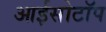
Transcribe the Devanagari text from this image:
आईसोटॉप